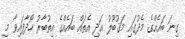
ގިނަ ބައެއްގެ މެދުގައި މަޤުބޫލު އަދި އެތައް ބައެއްގެ އިތުބާރު ހޯދާފައިވާ މި